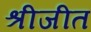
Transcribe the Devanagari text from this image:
श्रीजीत